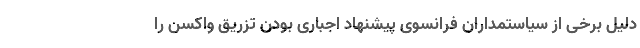
دلیل برخی از سیاستمداران فرانسوی پیشنهاد اجباری بودن تزریق واکسن را